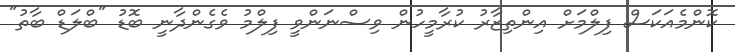
ކޮންމެއަކަސް ފިލްމަށް އިންތިޒާރު ކުރާމީހުން ވިސްނަންވީ ފިލްމު ވެގެންދާނީ ބޮޑު "ބްލަޑް ބާތު"